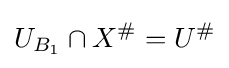
U_{B_{1}}\cap X^{\#}=U^{\#}